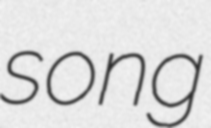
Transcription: song